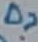
Text: D?